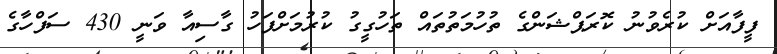
ފީފާއަށް ކުރެވުނު ކޮރަޕްޝަންގެ ތުހުމަތުތައް ތަހުގީގު ކުރުމަށްފަހު ގާސިއާ ވަނީ 430 ސަފްހާގެ